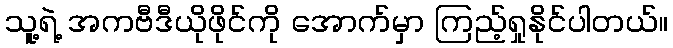
သူ့ရဲ့ အကဗီဒီယိုဖိုင်ကို အောက်မှာ ကြည့်ရှုနိုင်ပါတယ်။